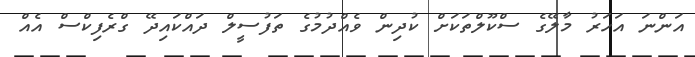
އަންނަ އަހަރު މާލޭގެ ސްކޫލްތަކަށް ކުދިން ވެއްދުމުގެ ތަފުސީލް ދައްކައިދޭ ގްރެފިކްސް އެއް